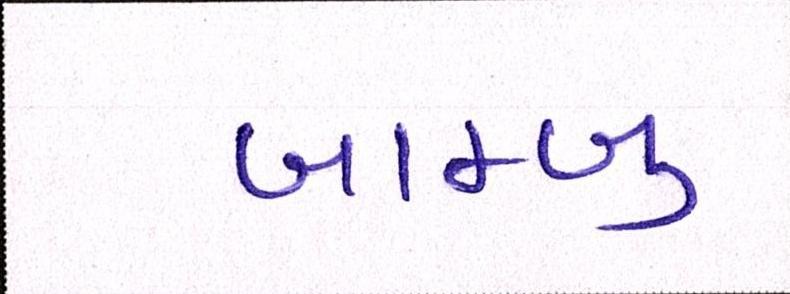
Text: બામ્બુ